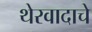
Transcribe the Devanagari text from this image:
थेरवादाचे